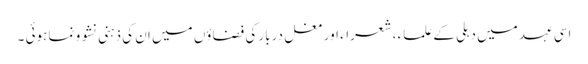
اسی عہد میں دہلی کے علماء ، شعراء اور مغل دربار کی فضاؤں میں ان کی ذہنی نشو و نما ہوئی ۔